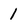
Character: 1